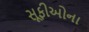
સૂફીઓના